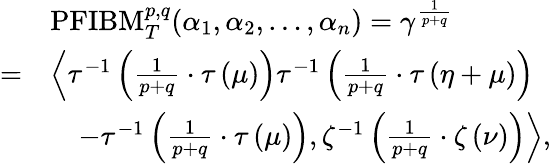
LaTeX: \begin{array}{rl}&{\mathrm{PFIBM}_{T}^{p,q}(\alpha_{1},\alpha_{2},\ldots,\alpha_{n})=\gamma^{\frac{1}{p+q}}}\\ {=}&{\left\langle\tau^{-1}\left(\frac{1}{p+q}\cdot\tau\left(\mu\right)\right)\tau^{-1}\left(\frac{1}{p+q}\cdot\tau\left(\eta+\mu\right)\right)\right.}\\ &{\quad\left.-\tau^{-1}\left(\frac{1}{p+q}\cdot\tau\left(\mu\right)\right),\zeta^{-1}\left(\frac{1}{p+q}\cdot\zeta\left(\nu\right)\right)\right\rangle,}\end{array}